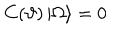
C ( \vartheta ) \left| \Omega \right\rangle = 0